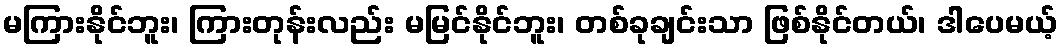
မကြားနိုင်ဘူး၊ ကြားတုန်းလည်း မမြင်နိုင်ဘူး၊ တစ်ခုချင်းသာ ဖြစ်နိုင်တယ်၊ ဒါပေမယ့်